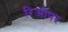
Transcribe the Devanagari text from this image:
रिओपर